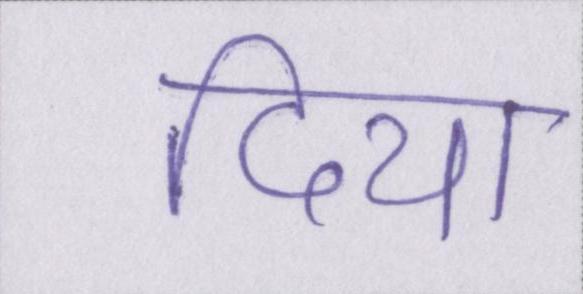
दिया